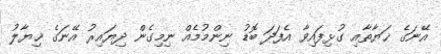
އޭނަގެ ޚަޔާތާއި ގުޅިފައިވާ އެފަދަ ބޮޑު ނިންމުމެއް ނިމިގެން ދިޔައިރު އޭނަގެ ޚިޔާލު